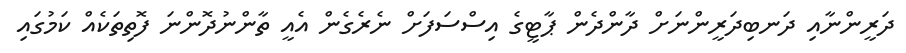
ދަރީންނާއި ދަނބިދަރީންނަށް ދާންދެން ޕާޓީގެ އިސްސަފަށް ނެރެގެން އެއީ ތާންނުދޮންނަ ފޮތިތަކެއް ކަމުގައި